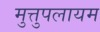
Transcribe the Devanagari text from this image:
मुत्तुपलायम